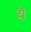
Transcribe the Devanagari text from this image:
य़ॆ